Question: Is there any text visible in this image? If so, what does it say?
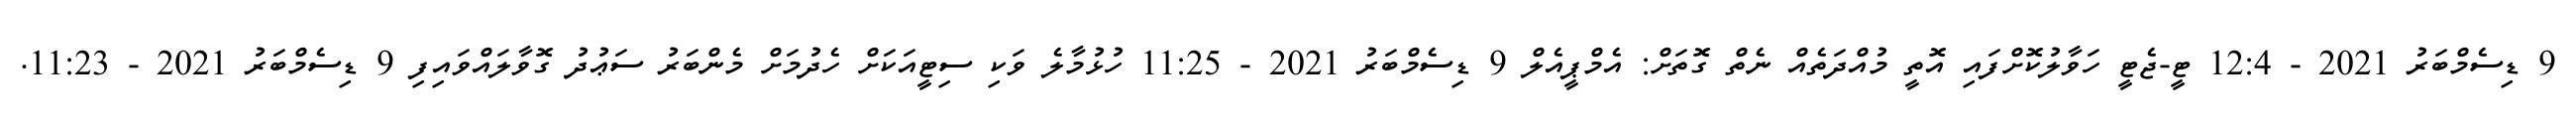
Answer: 9 ޑިސެމްބަރު 2021 - 12:4 ޓީ-ޖެޓީ ހަވާލުކޮށްފައި އޮތީ މުއްދަތެއް ނެތް ގޮތަށް: އެމްޕީއެލް 9 ޑިސެމްބަރު 2021 - 11:25 ހުޅުމާލެ ވަކި ސިޓީއަކަށް ހެދުމަށް މެންބަރު ސަޢުދު ގޮވާލައްވައިފި 9 ޑިސެމްބަރު 2021 - 11:23.